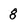
Character: 8